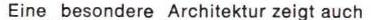
Eine besondere Architektur zeigt auch